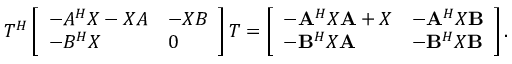
\begin{array} { r } { T ^ { H } \left[ \begin{array} { l l } { - A ^ { H } X - X A } & { - X B } \\ { - B ^ { H } X } & { 0 } \end{array} \right] T = \left[ \begin{array} { l l } { - \mathbf { A } ^ { H } X \mathbf { A } + X } & { - \mathbf { A } ^ { H } X \mathbf { B } } \\ { - \mathbf { B } ^ { H } X \mathbf { A } } & { - \mathbf { B } ^ { H } X \mathbf { B } } \end{array} \right] . } \end{array}